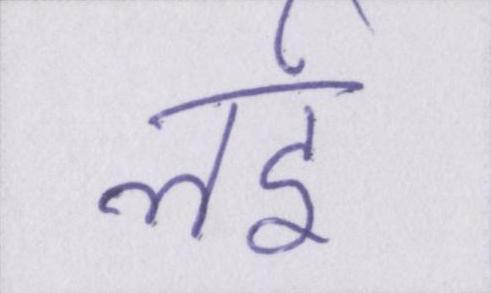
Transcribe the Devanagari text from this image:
लई